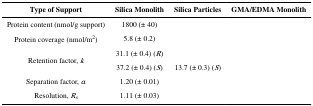
<table><thead><tr><td><b>Type of Support</b></td><td><b>Silica Monolith</b></td><td><b>Silica Particles</b></td><td><b>GMA/EDMA Monolith</b></td></tr></thead><tbody><tr><td>Protein content (nmol/g support)</td><td>1800 (± 40)</td><td>[EMPTY_CELL]</td><td>[EMPTY_CELL]</td></tr><tr><td>Protein coverage (nmol/m<sup>2</sup>)</td><td>5.8 (± 0.2)</td><td>[EMPTY_CELL]</td><td>[EMPTY_CELL]</td></tr><tr><td rowspan="2">Retention factor, <i>k</i></td><td>31.1 (± 0.4) (<i>R</i>)</td><td>[EMPTY_CELL]</td><td>[EMPTY_CELL]</td></tr><tr><td>37.2 (± 0.4) (<i>S</i>)</td><td>13.7 (± 0.3) (<i>S</i>)</td><td>[EMPTY_CELL]</td></tr><tr><td>Separation factor, <i>α</i></td><td>1.20 (± 0.01)</td><td>[EMPTY_CELL]</td><td>[EMPTY_CELL]</td></tr><tr><td>Resolution, <i>R<sub>s</sub></i></td><td>1.11 (± 0.03)</td><td>[EMPTY_CELL]</td><td>[EMPTY_CELL]</td></tr></tbody></table>